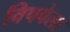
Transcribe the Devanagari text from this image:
विषवेला